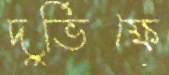
দুর্ভিক্ষে